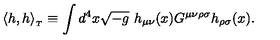
\langle h , h \rangle _ { _ T } \equiv \int d ^ { 4 } x \sqrt { - g } \ h _ { \mu \nu } ( x ) G ^ { \mu \nu \rho \sigma } h _ { \rho \sigma } ( x ) .